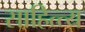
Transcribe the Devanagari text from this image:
साहित्त्य